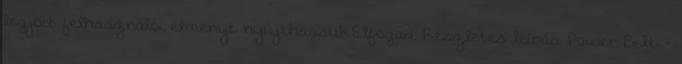
legjobb felhasználói élményt nyújthassuk.Elfogad Részletes leírás Power Belt -